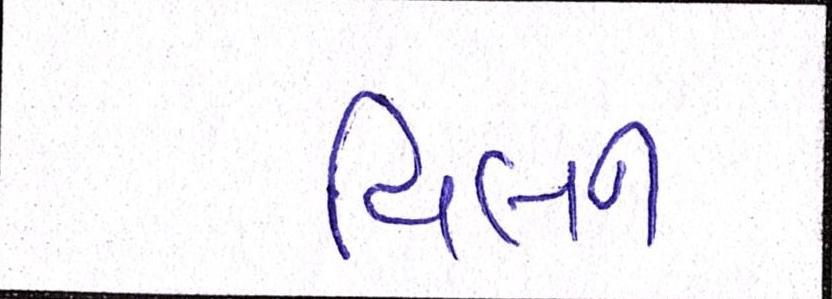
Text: વિલન